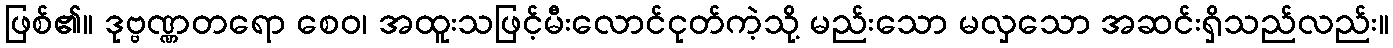
ဖြစ်၏။ ဒုဗ္ဗဏ္ဏတရော စေဝ၊ အထူးသဖြင့်မီးလောင်ငုတ်ကဲ့သို့ မည်းသော မလှသော အဆင်းရှိသည်လည်း။